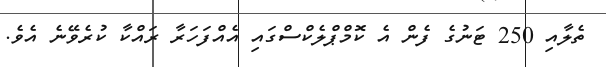
ތެލާއި 250 ޓަނުގެ ފެން އެ ކޮމްޕްލެކްސްގައި އެއްފަހަރާ ރައްކާ ކުރެވޭނެ އެވެ.